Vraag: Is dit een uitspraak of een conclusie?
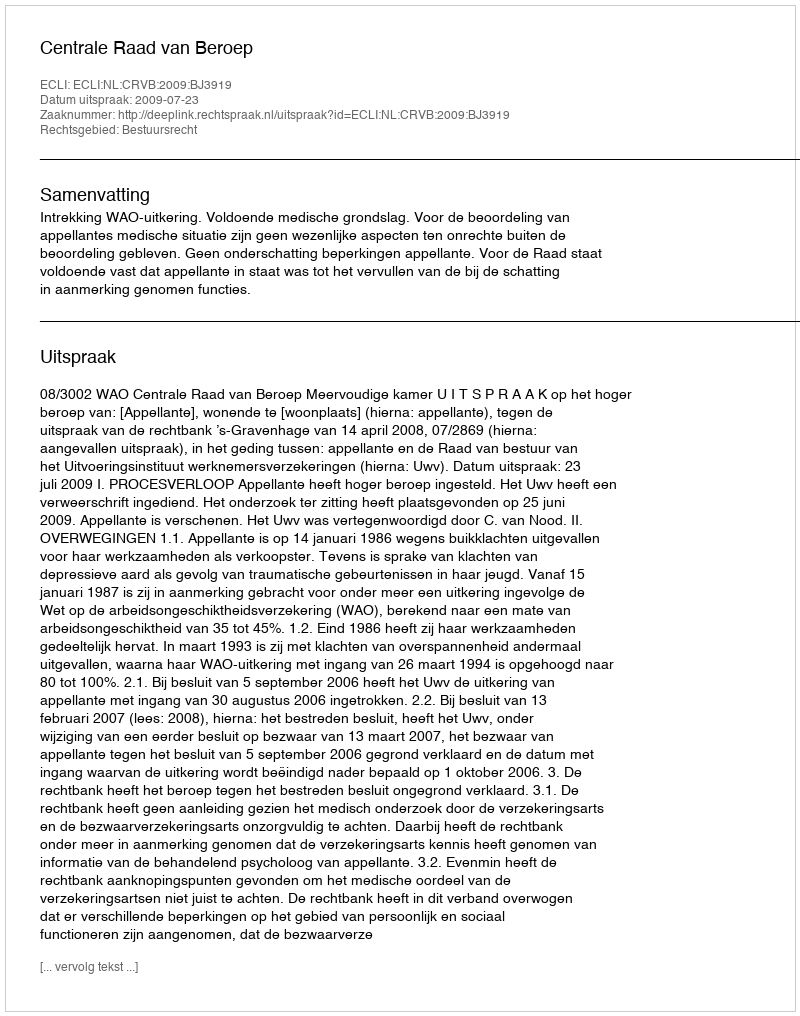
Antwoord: Uitspraak